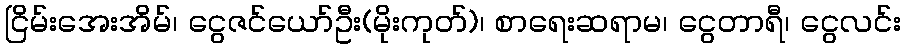
ငြိမ်းအေးအိမ်၊ ငွေဇင်ယော်ဦး(မိုးကုတ်)၊ စာရေးဆရာမ၊ ငွေတာရီ၊ ငွေလင်း